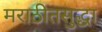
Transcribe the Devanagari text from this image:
मराठीतसुद्धा